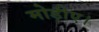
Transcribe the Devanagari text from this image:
मोड़ीए।